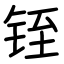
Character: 铚